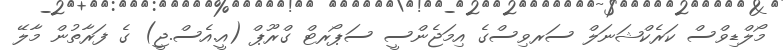
މޯލްޑިވްސް ކަރެކްޝަނަލް ސަރވިސްގެ އިމަޖެންސީ ސަޕޯރޓް ގްރޫޕް (އީ.އެސް.ޖީ) ގެ ފަރާތުން މާލޭ